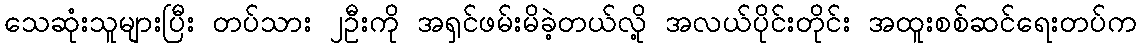
သေဆုံးသူများပြီး တပ်သား ၂ဦးကို အရှင်ဖမ်းမိခဲ့တယ်လို့ အလယ်ပိုင်းတိုင်း အထူးစစ်ဆင်ရေးတပ်က